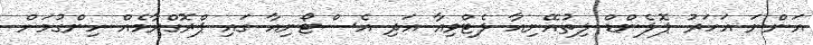
އަންނަ އަހަރު ޕޮލެންޑް ލިތުއޭނިއާ ލެޓްވިއާ އަދި އެސްޓޯނިއާ ގައި ޕްރޮގްރާމެއް ހިންގުމަށް